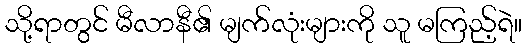
သို့ရာတွင် မီလာနီ၏ မျက်လုံးများကို သူ မကြည့်ရဲ။